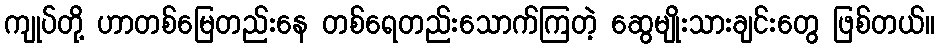
ကျုပ်တို့ ဟာတစ်မြေတည်းနေ တစ်ရေတည်းသောက်ကြတဲ့ ဆွေမျိုးသားချင်းတွေ ဖြစ်တယ်။